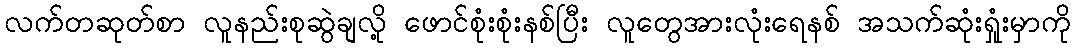
လက်တဆုတ်စာ လူနည်းစုဆွဲချလို့ ဖောင်စုံးစုံးနစ်ပြီး လူတွေအားလုံးရေနစ် အသက်ဆုံးရှုံးမှာကို